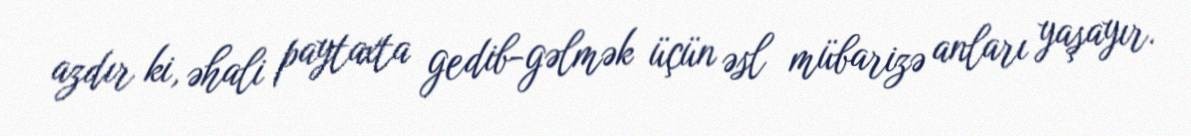
azdır ki, əhali paytaxta gedib-gəlmək üçün əsl mübarizə anları yaşayır.